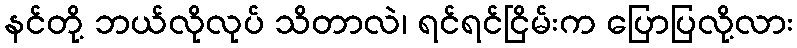
နင်တို့ ဘယ်လိုလုပ် သိတာလဲ၊ ရင်ရင်ငြိမ်းက ပြောပြလို့လား